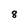
Character: 8